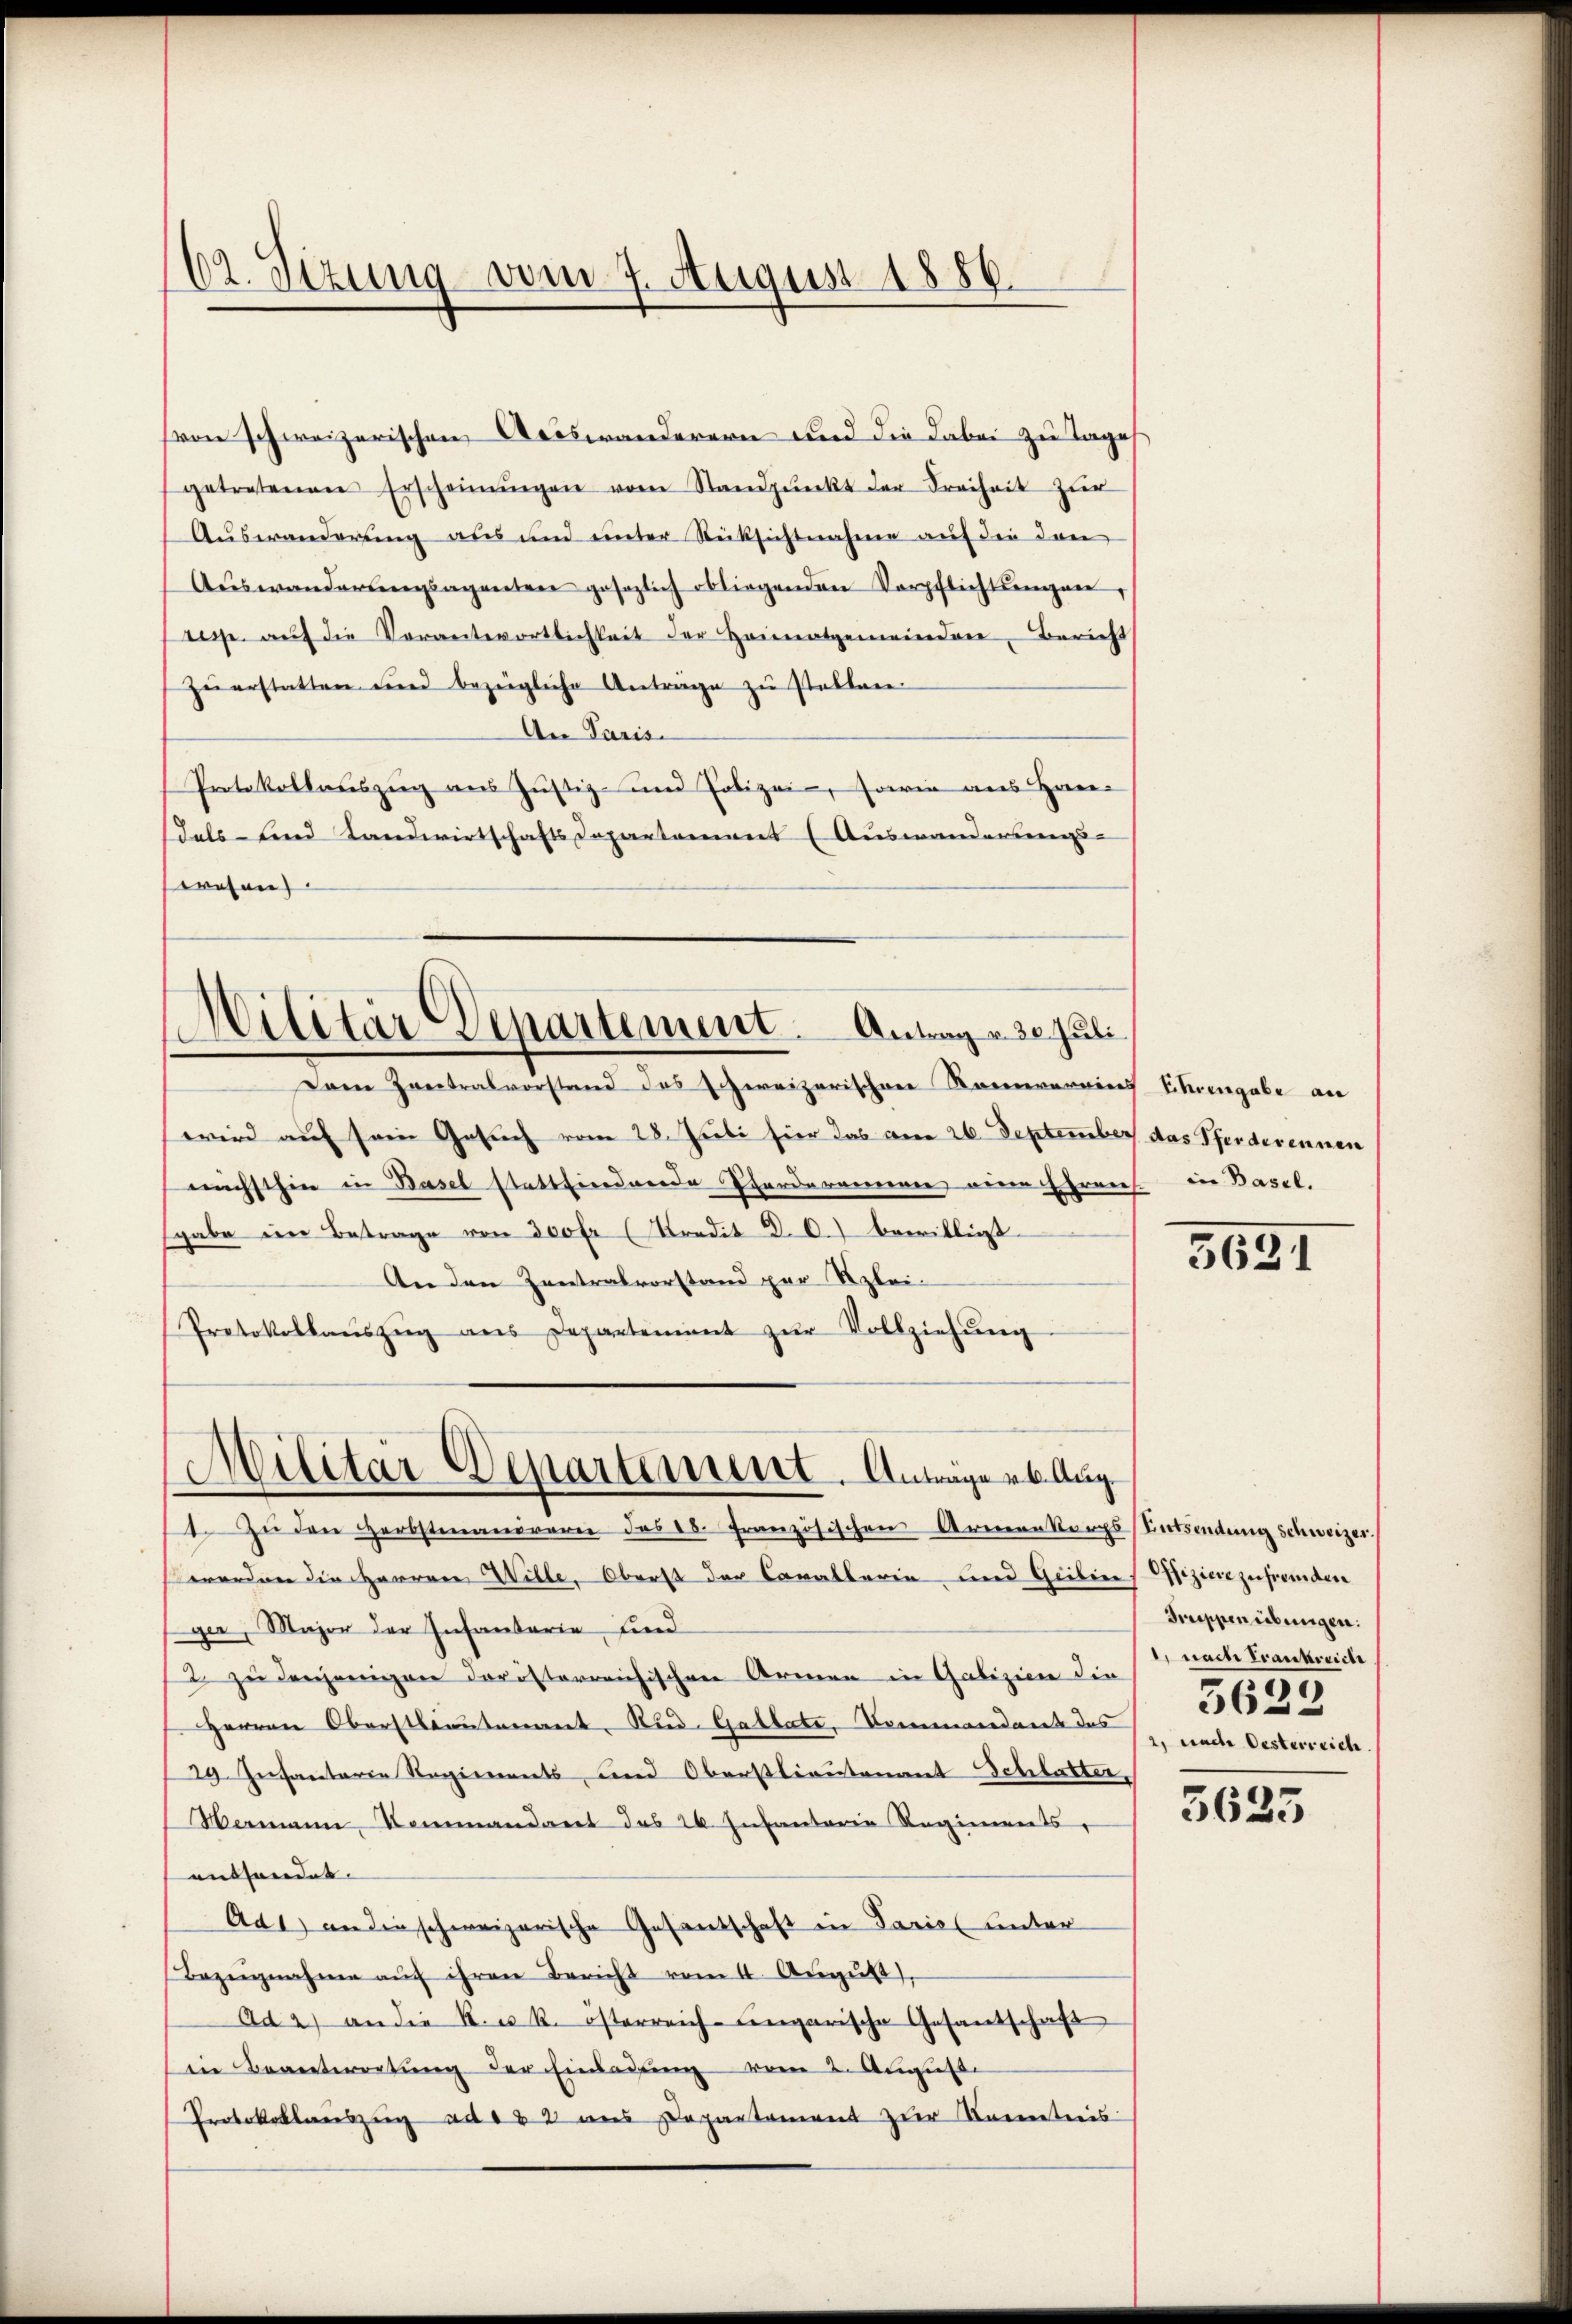
(von schweizerischen Aeoswanderern und die dabei zu Tages
getretenen Erscheinŭngen vom Standpŭnkt der Freiheit zŭr
Auswanderung aus und unter Rücksichtnahme auf die dan
Aŭswanderŭngsagenten gesezlich obliegenden Verpflichtŭngen,
tege aŭf die Verantwortlichkeit der Heimatgemeinden, Bericht
zŭerstatten und bezügliche Anträge zu stellen
An Paris.
Protokollauszug aus Justiz- und Polizei, sowie aus Hauer
dals und Landwirtschafts Departamens (Auswanderungs-
wesen

.
ut. Situng vom 7. August 1886.

Dre retralvorstand des ereizerischen Komenvereines Ehrengabe an
wird auf sein Gesuch vom 28. Juli hier das am 26. September das Pferderennen
nechsthin in Basel stattfindende Garderomenen einen Ehrens. in Basel.
sgabe im Betrage von 300 fr (Kredit D. C.) bewilligt.
An den Zentralvorstand zur Klei¬
Protokollaŭszŭg ans Departement zŭr Vollziehŭng

Militär Departement. Antrag u. de Juli

Militär-Departement. Antragers Aug.

1. Zu den Herbstmanorare des 18. Französischen Armenkorps
worden die Herren Wille, Oberst der Cavallaria und Geilins Offiziere zufremden
ger, Major der Infantaria und
2 zu denjenigen doristerreichischen Armen in Galizien die
Herren Oberstauntenant Rud. Gallate, Kommandant das
29. Infanterie Regiments, und Oberstlieutenant Schlatter
Wemann Kommandant des 26. Infantaria Regiments
enthandet.
Ade) an die schweizerische Gesantschaft in Pariel unter
Bezŭgnahme aŭf ihren Bericht vom 4. Aŭgŭst
Ad 2) an die R. u. k. österreich-ungarische Gesantschaft
in Beantereitung der Einladung vom 2. August.
Protokollauszeig ad § 22 ans Departement zur Kenntnis

3631

Entsendung schweizer.
Sippen übungen:
1) nache Trankreiche
5623
2, nach Oesterreich.

5625